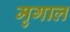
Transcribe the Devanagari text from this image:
मृगाल